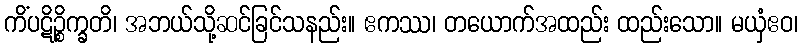
ကိံပဋိဉ္စိက္ခတိ၊ အဘယ်သို့ဆင်ခြင်သနည်း။ ဧကဿ၊ တယောက်အထည်း ထည်းသော။ မယှံဧဝ၊